Statistical return of the lunatic asylum in Assam - 1912-1932
Year: 1912
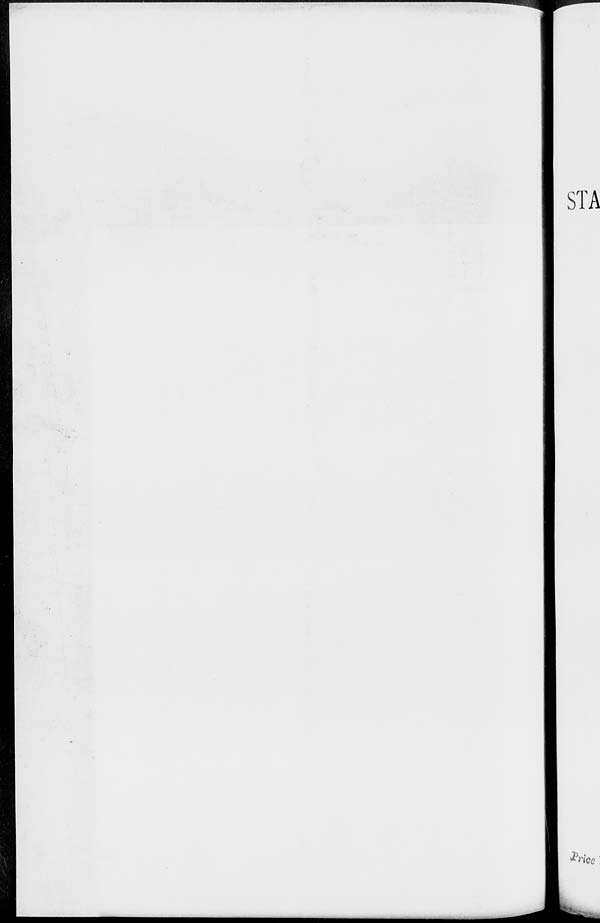
STA
*w, ice